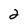
Character: 2